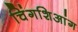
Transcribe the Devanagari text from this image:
चिंगशिआंग